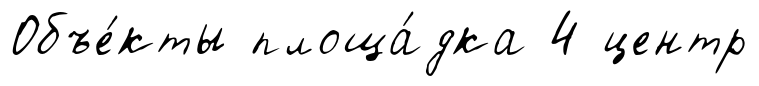
Объе́кты площа́дка 4 центр